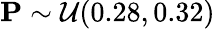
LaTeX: \mathbf{P}\sim\mathcal{U}(0.28,0.32)